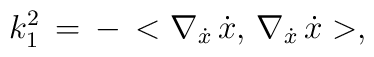
k_1^2\,=\,-\, <\nabla _{\dot x}\,\dot x, \,\nabla _{\dot x}\,\dot x >,